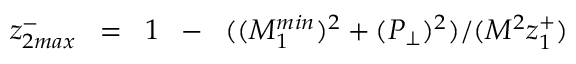
z _ { 2 m a x } ^ { - } \; \; = \; \; 1 \; \; - \; \; ( ( M _ { 1 } ^ { m i n } ) ^ { 2 } + ( P _ { \perp } ) ^ { 2 } ) / ( M ^ { 2 } z _ { 1 } ^ { + } ) \; \;